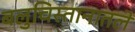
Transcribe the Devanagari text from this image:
बलुचिस्तानातले